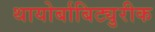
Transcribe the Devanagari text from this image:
थायोर्बाबिट्युरीक